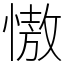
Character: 慠